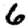
Digit: 6